342_HS1-416511228_319.1 Flying Discs 1949
Agency: Department of War
Incident date: 1/9/50
Page 74
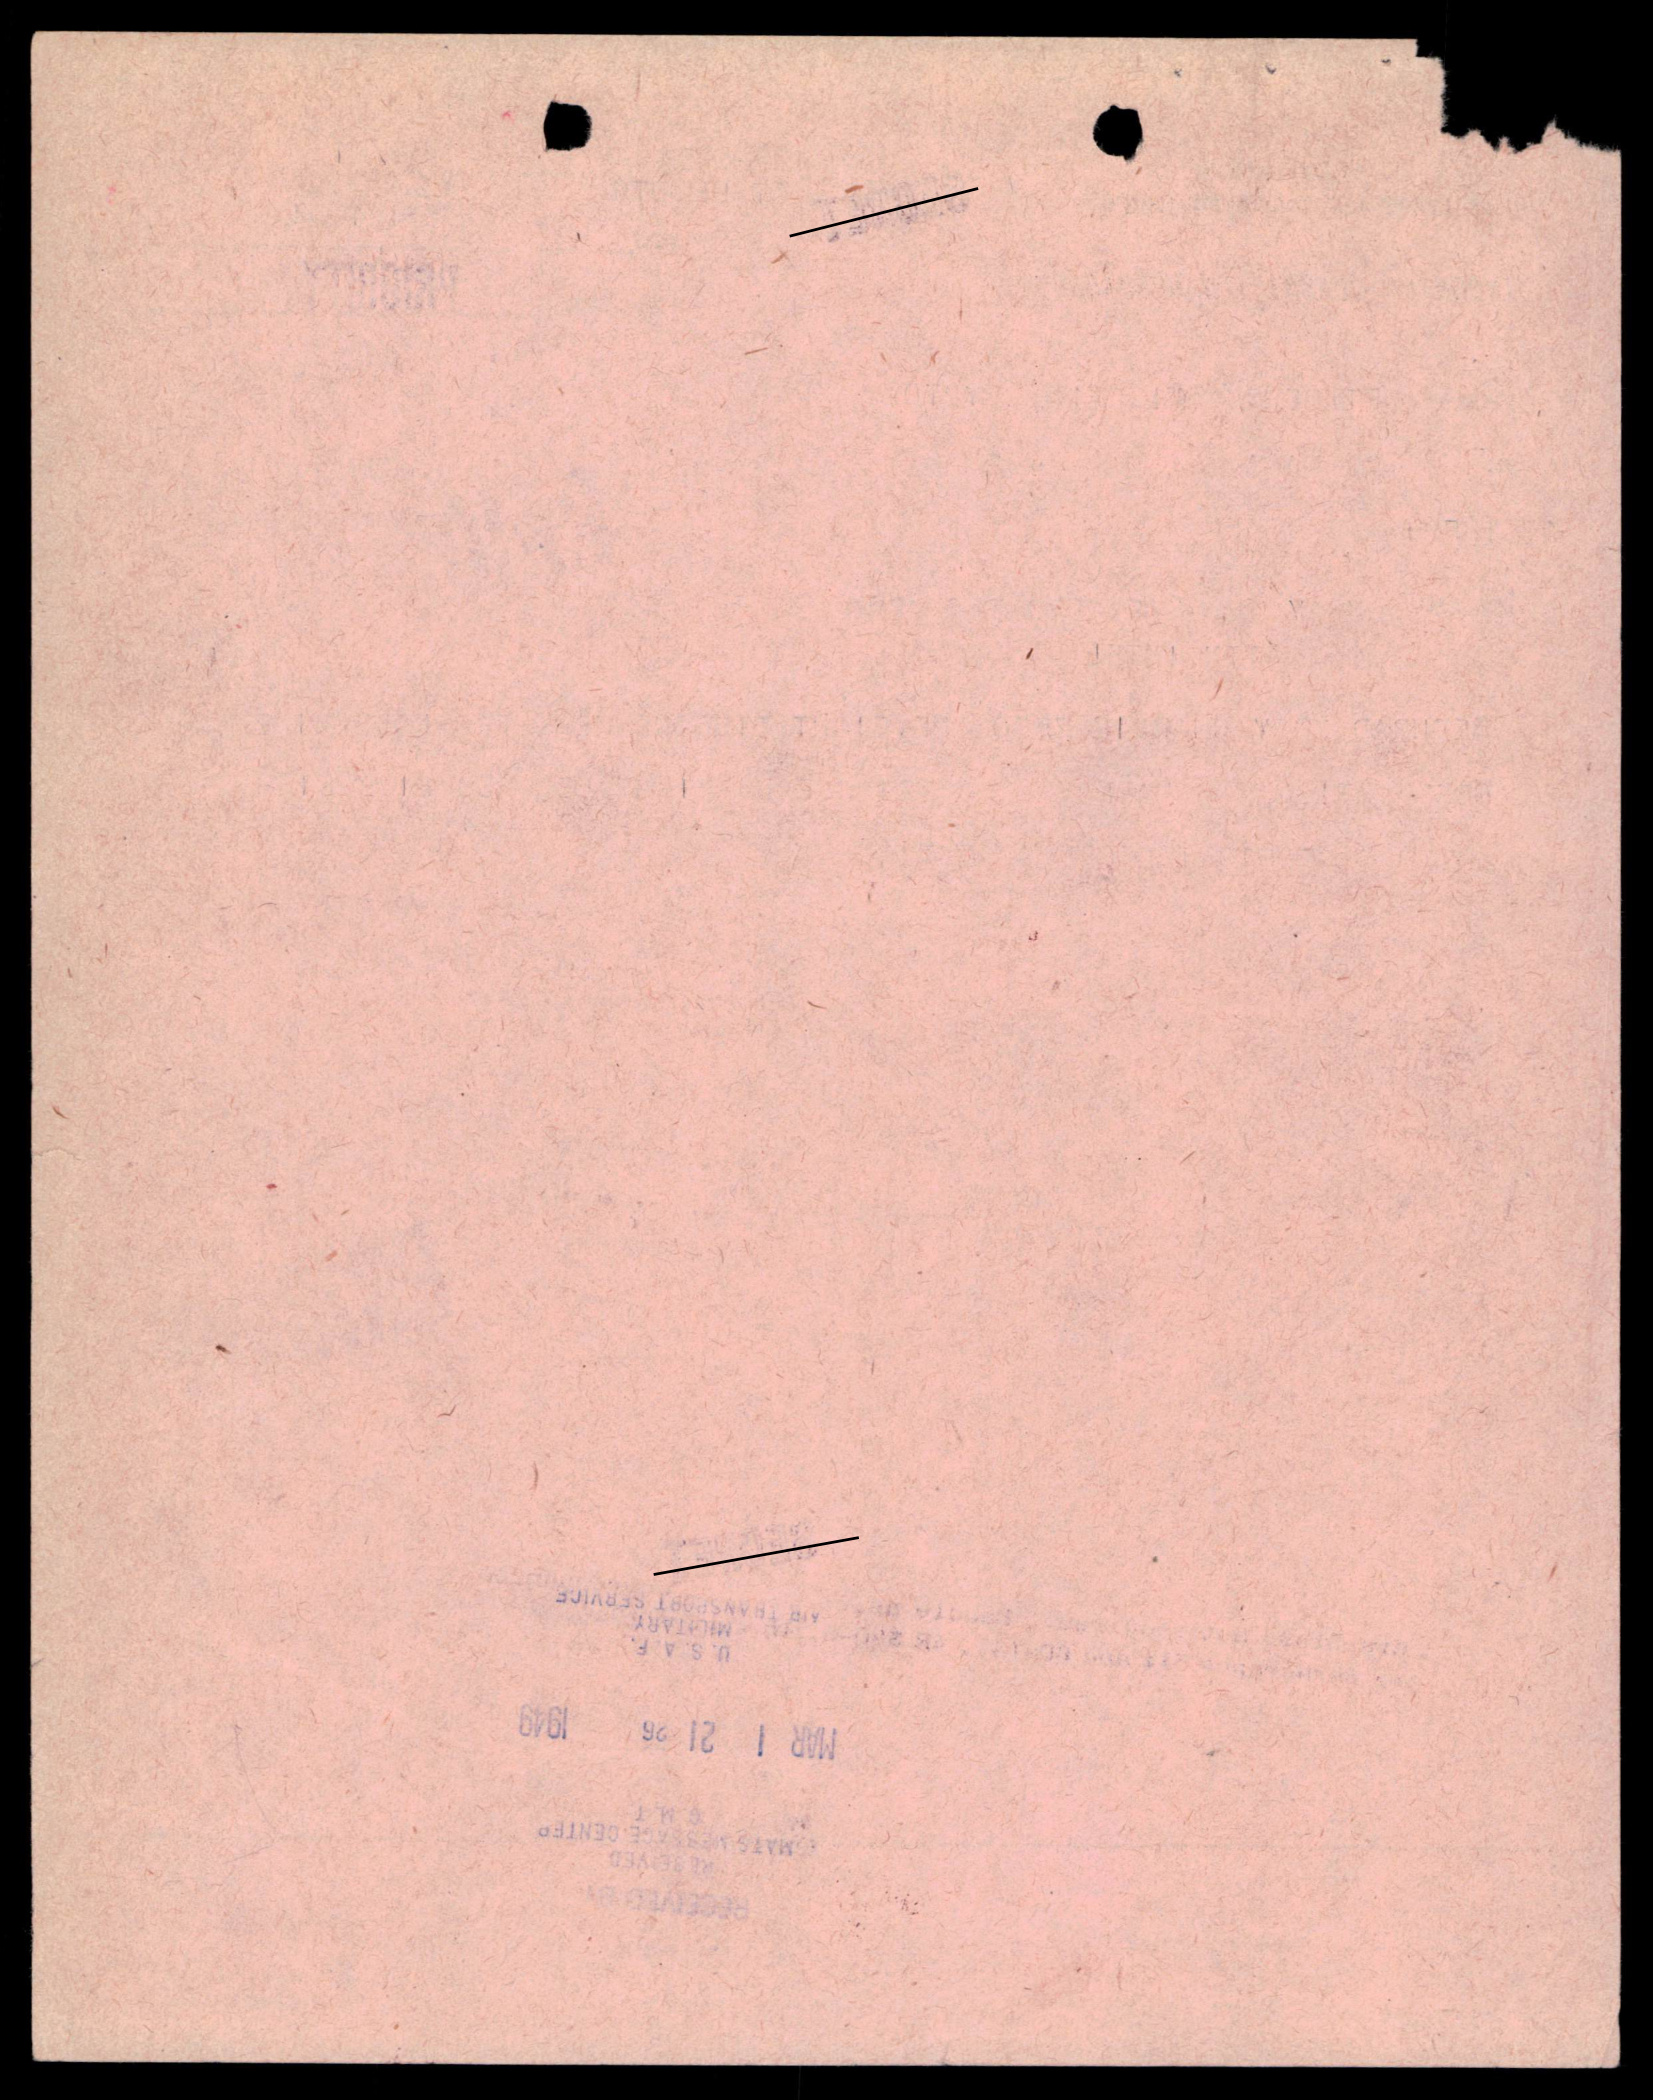